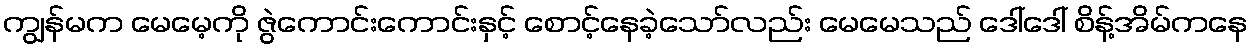
ကျွန်မက မေမေ့ကို ဇွဲကောင်းကောင်းနှင့် စောင့်နေခဲ့သော်လည်း မေမေသည် ဒေါ်ဒေါ် စိန့်အိမ်ကနေ